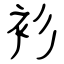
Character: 衫